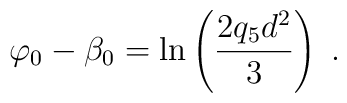
\varphi_0-\beta_0 = \ln\left(\frac{2q_5d^2}{3}\right)\; .